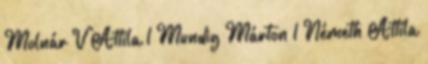
Molnár V Attila 1 Mundig Márton 1 Németh Attila